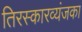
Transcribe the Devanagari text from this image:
तिरस्कारव्यंजका